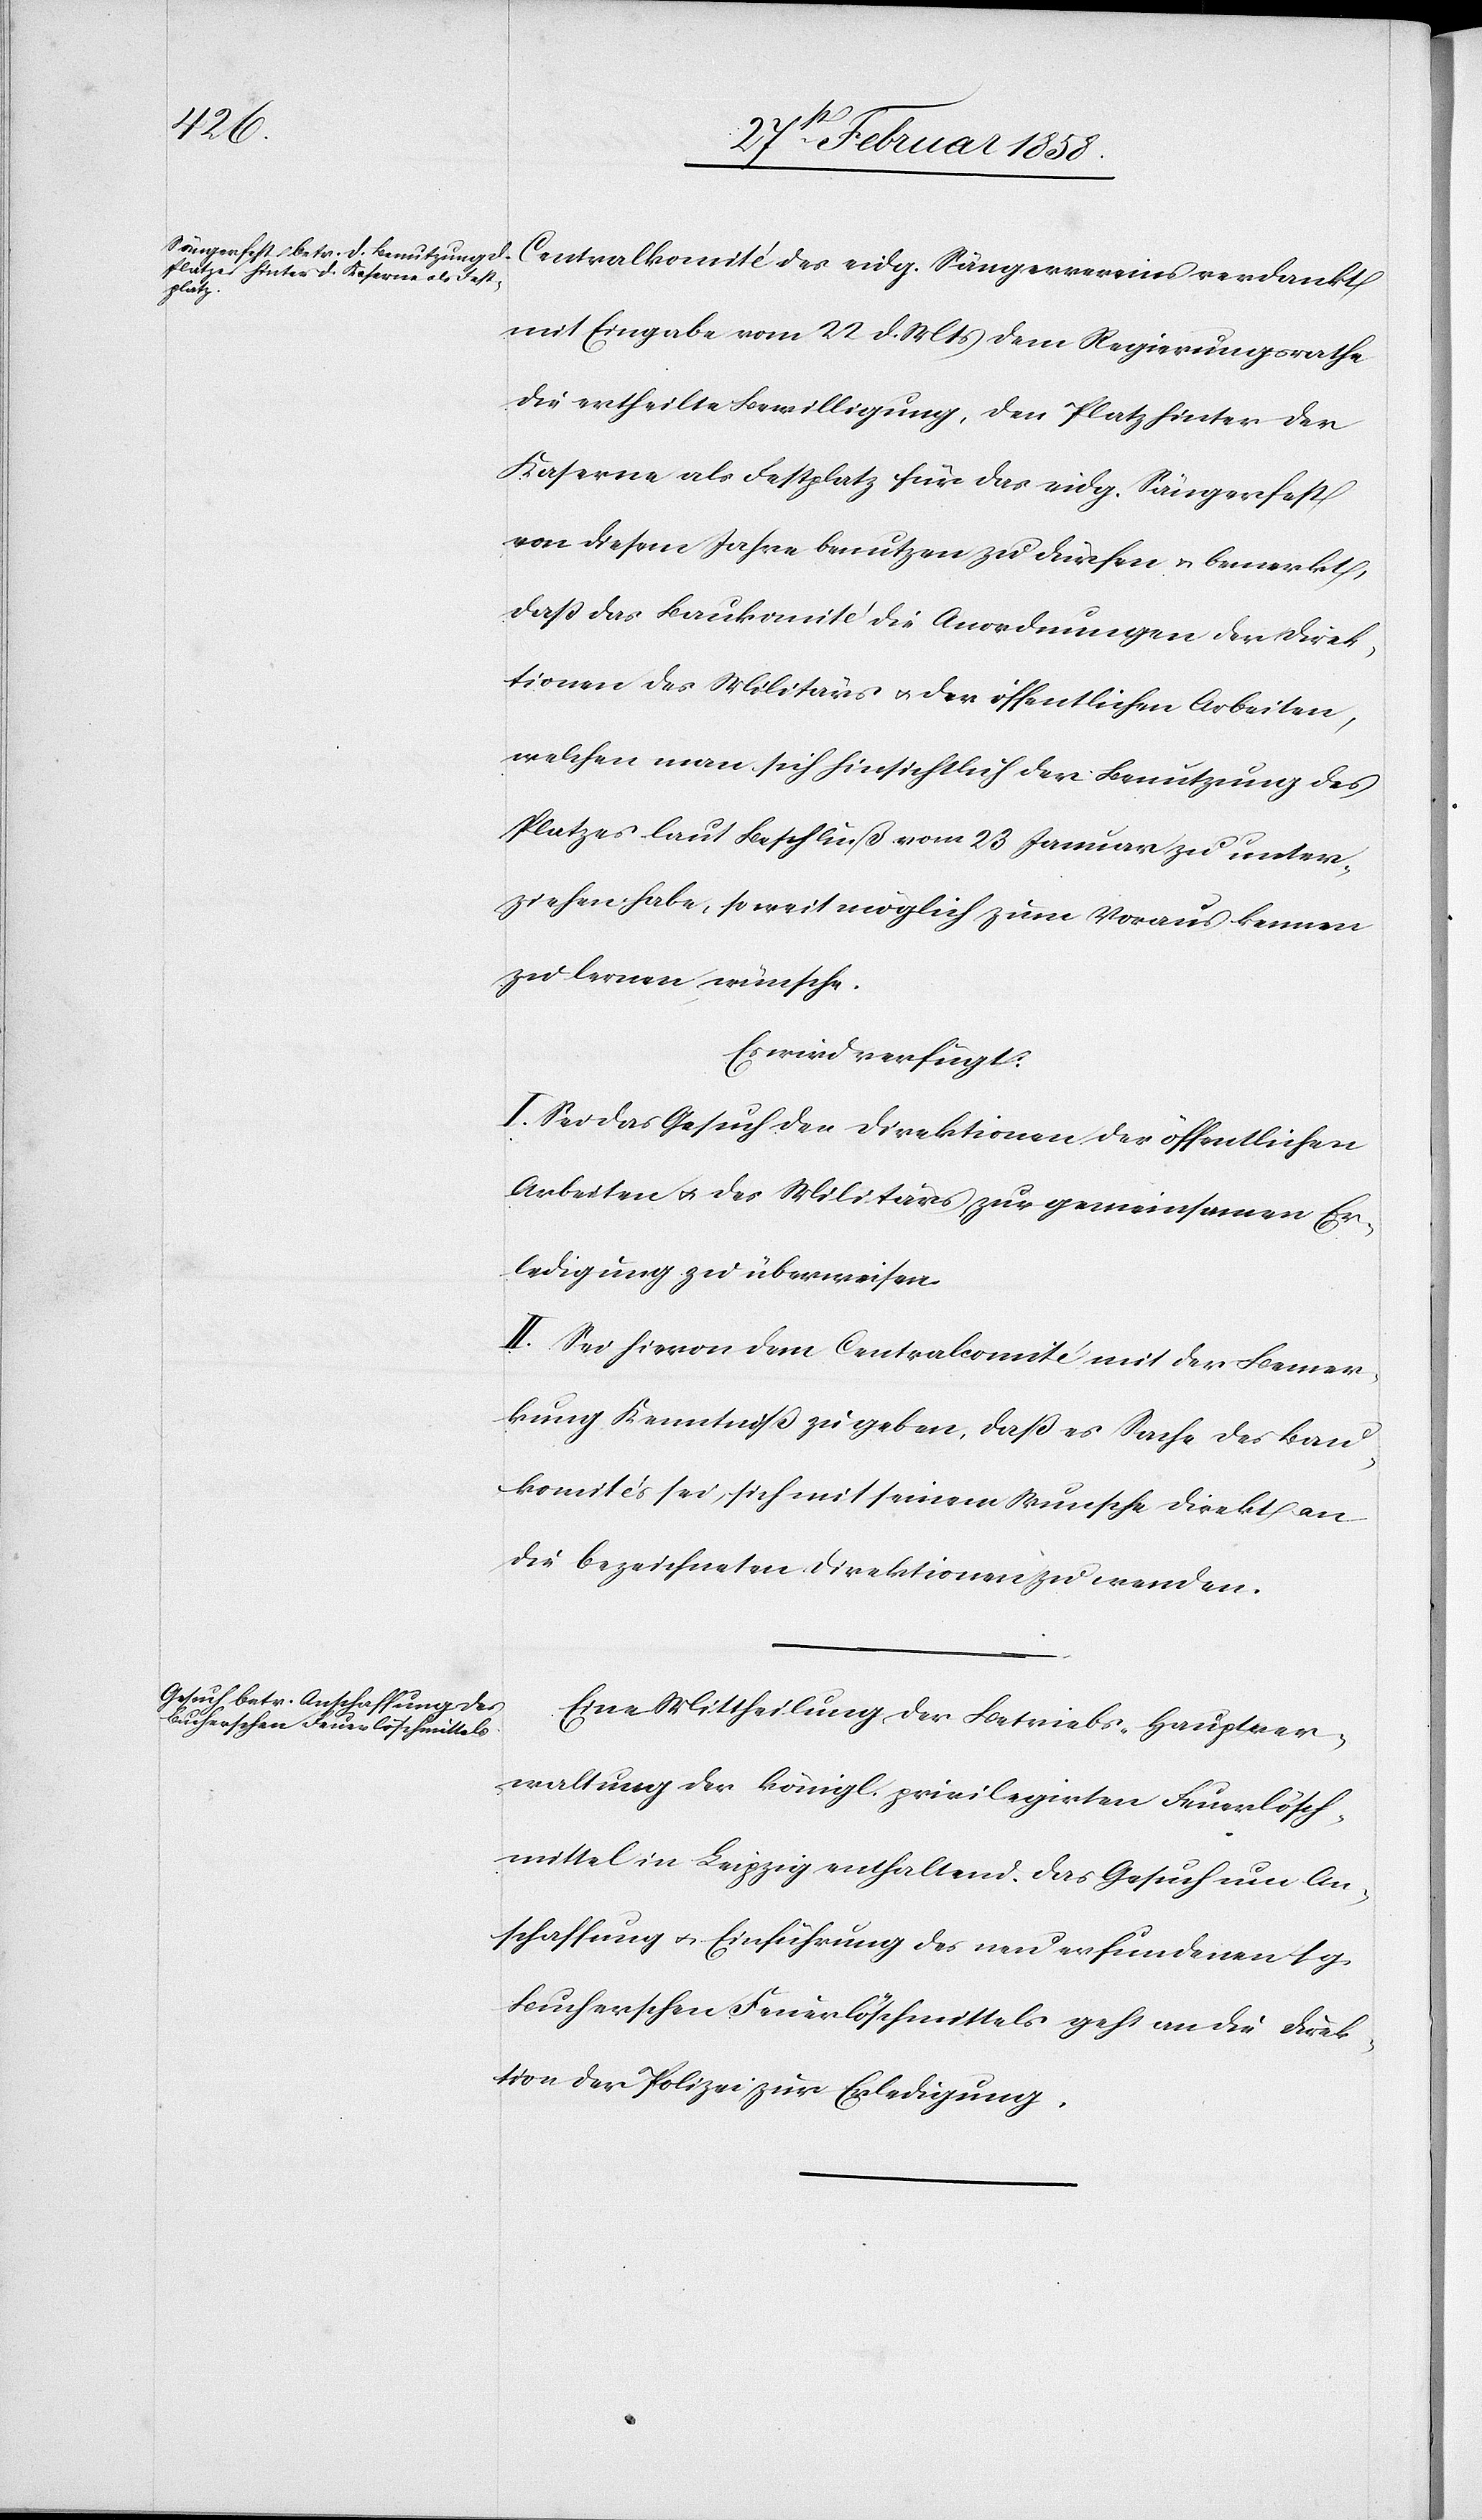
Centralkomité des eidg. Sängervereins verdankt
mit Eingabe vom 22 d. Mts dem Regierungsrathe
die ertheilte Bewilligung, den Platz hinter der
Kaserne als Festplatz für das eidg. Sängerfest
von diesem Jahre benutzen zu dürfen u. bemerkt,
daß das Baukomité die Anordnungen der Direk¬
tion des Militärs u. der öffentlichen Arbeiten,
welchen man sich hinsichtlich der Benutzung des
Platzes laut Beschluß vom 23 Januar zu unter¬
ziehen habe, so weit möglich zum Voraus kennen
zu lernen wünsche.
Es wird verfügt:
I. Sei das Gesuch der Direktion der öffentlichen
Arbeiten u. des Militärs zur gemeinsamen Er¬
ledigung zu überweisen.
II. Sei hievon dem Centralcomité mit der Bemer¬
kung Kenntniß zu geben, daß es Sache des Bau¬
komités sei, sich mit seinem Wunsche direkt an
die bezeichneten Direktionen zu wenden.
Eine Mittheilung der Betriebs-Hauptver¬
waltung der königl. privilegirten Feuerlösch¬
mittel in Leipzig enthaltend das Gesuch um An¬
schaffung u. Einführung des neu erfundenen sg.
Bucherschen Feuerlöschmittels geht an die Direk¬
tion der Polizei zur Erledigung.